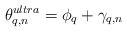
\begin{align*}\theta_{q,n}^{ultra} = \phi_q + \gamma_{q,n}\end{align*}